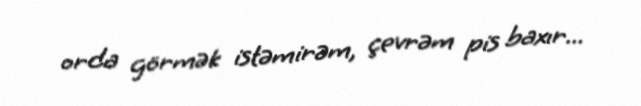
orda görmək istəmirəm, çevrəm pis baxır...